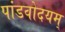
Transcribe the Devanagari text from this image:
पांडवोदयम्